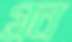
গ্রন